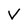
Character: V